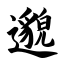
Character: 邈